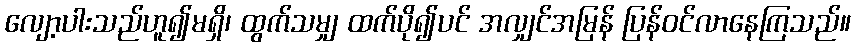
လျော့ပါးသည်ဟူ၍မရှိ၊ ထွက်သမျှ ထက်ပို၍ပင် အလျှင်အမြန် ပြန်ဝင်လာနေကြသည်။